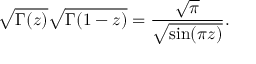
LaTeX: \sqrt { \Gamma ( z ) } \sqrt { \Gamma ( 1 - z ) } = { \frac { \sqrt \pi } { \sqrt { \sin ( \pi z ) } } } .